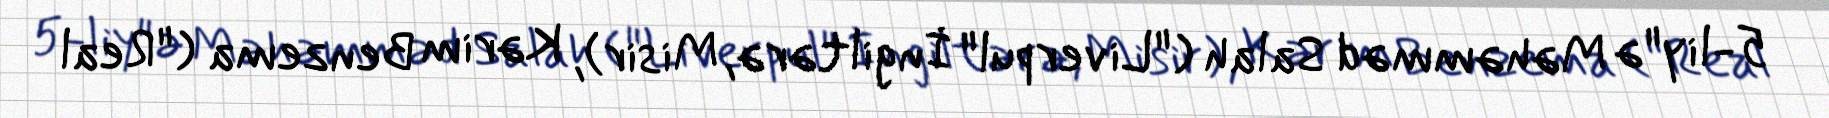
5-liy"ə Məhəmməd Salah ("Liverpul" İngiltərə, Misir), Kərim Benzema ("Real